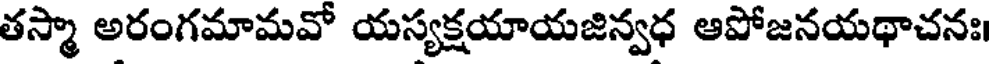
తస్మా అరంగమామవో యస్యక్షయాయజిన్వధ ఆపోజనయథాచనః।